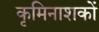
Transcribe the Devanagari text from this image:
कृमिनाशकों